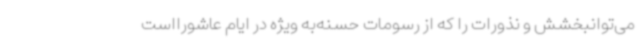
می‌توانبخشش و نذورات را که از رسومات حسنه‌به ویژه در ایام عاشورااست